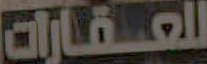
للعقارات